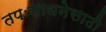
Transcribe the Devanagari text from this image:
तपःसाधनेसाठी